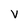
Character: v